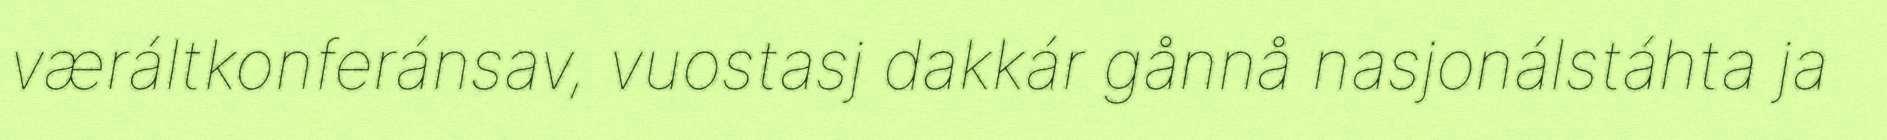
væráltkonferánsav, vuostasj dakkár gånnå nasjonálstáhta ja